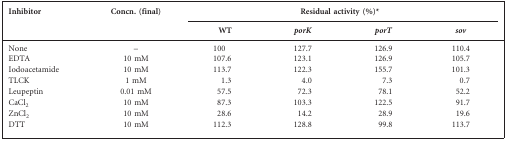
<table><thead><tr><td><b>Inhibitor</b></td><td><b>Concn. (final)</b></td><td colspan="4"><b>Residual activity (%)*</b></td></tr><tr><td><b>WT</b></td><td><b><i>porK</i></b></td><td><b><i>porT</i></b></td><td><b><i>sov</i></b></td></tr></thead><tbody><tr><td>None</td><td>–</td><td>100</td><td>127.7</td><td>126.9</td><td>110.4</td></tr><tr><td>EDTA</td><td>10 mM</td><td>107.6</td><td>123.1</td><td>126.9</td><td>105.7</td></tr><tr><td>Iodoacetamide</td><td>10 mM</td><td>113.7</td><td>122.3</td><td>155.7</td><td>101.3</td></tr><tr><td>TLCK</td><td>1 mM</td><td>1.3</td><td>4.0</td><td>7.3</td><td>0.7</td></tr><tr><td>Leupeptin</td><td>0.01 mM</td><td>57.5</td><td>72.3</td><td>78.1</td><td>52.2</td></tr><tr><td>CaCl<sub>2</sub></td><td>10 mM</td><td>87.3</td><td>103.3</td><td>122.5</td><td>91.7</td></tr><tr><td>ZnCl<sub>2</sub></td><td>10 mM</td><td>28.6</td><td>14.2</td><td>28.9</td><td>19.6</td></tr><tr><td>DTT</td><td>10 mM</td><td>112.3</td><td>128.8</td><td>99.8</td><td>113.7</td></tr></tbody></table>